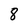
Character: 8